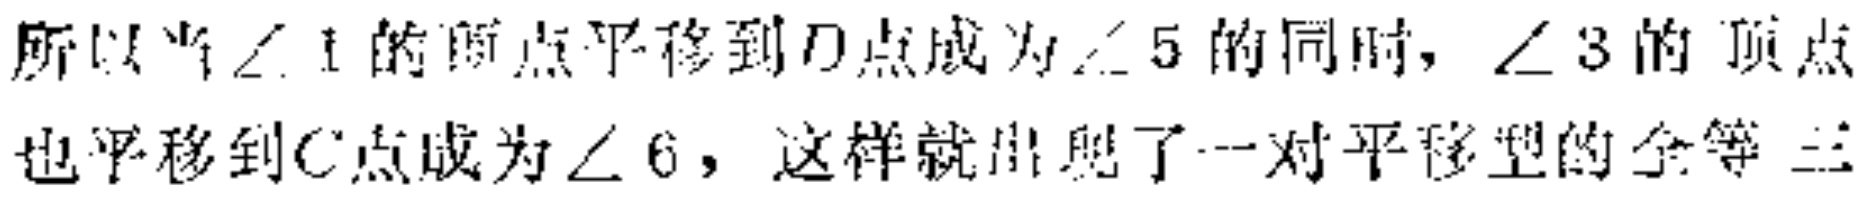
所以当$\angle 1$的顶点平移到$D$点成为$\angle 5$的同时，$\angle 3$的顶点也平移到$C$点成为$\angle 6$，这样就出现了一对平移型的全等三